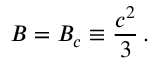
B = B _ { c } \equiv \frac { c ^ { 2 } } { 3 } \, .